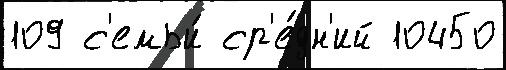
109 с'емьи́ ср'е́дн'ий 10450